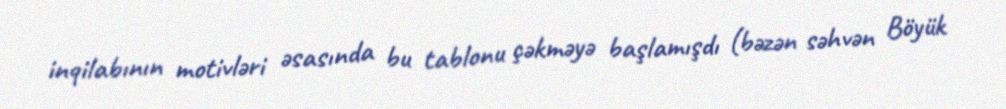
inqilabının motivləri əsasında bu tablonu çəkməyə başlamışdı (bəzən səhvən Böyük